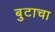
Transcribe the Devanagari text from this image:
बुटाचा